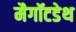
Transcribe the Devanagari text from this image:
मैगॉटडेथ